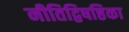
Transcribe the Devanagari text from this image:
नीतिद्विषष्ठिका